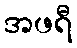
အဖရီ